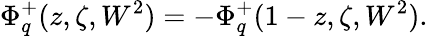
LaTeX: \Phi_{q}^{+}(z,\zeta,W^{2})=-\Phi_{q}^{+}(1-z,\zeta,W^{2}).